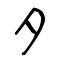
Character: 夕